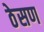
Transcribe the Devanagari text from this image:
ठेसण